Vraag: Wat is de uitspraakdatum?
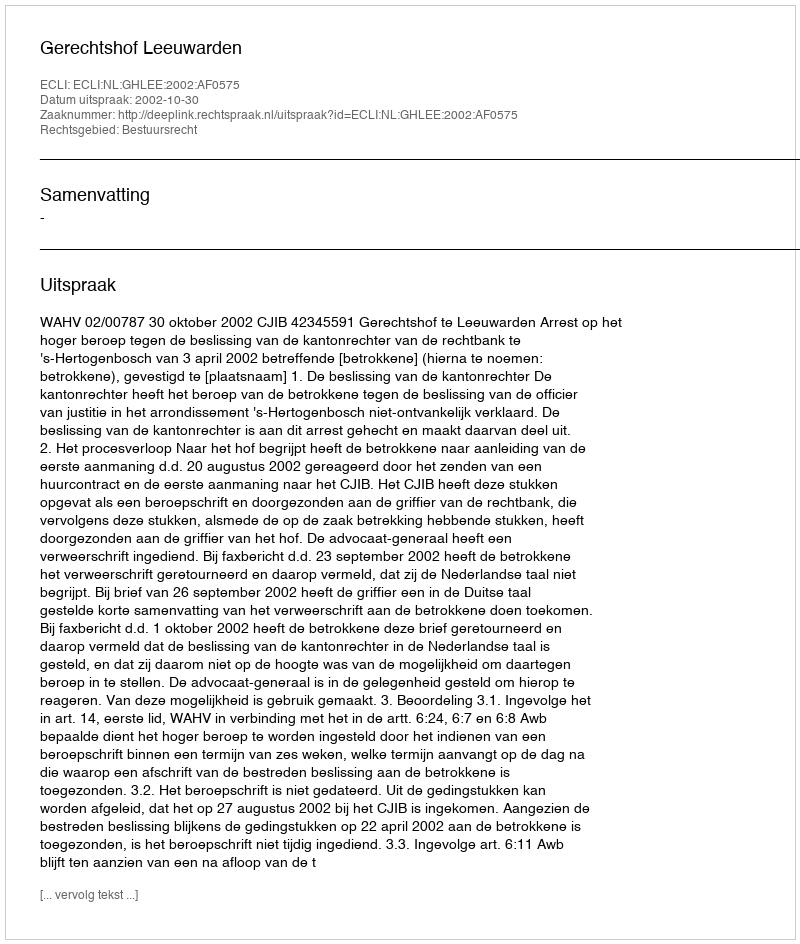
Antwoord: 2002-10-30